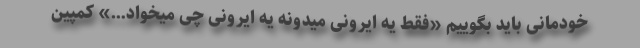
خودمانی باید بگوییم «فقط یه ایرونی میدونه یه ایرونی چی میخواد…» کمپین